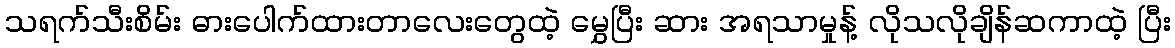
သရက်သီးစိမ်း ဓားပေါက်ထားတာလေးတွေထဲ့ မွှေပြီး ဆား အရသာမှုန့် လိုသလိုချိန်ဆကာထဲ့ ပြီး